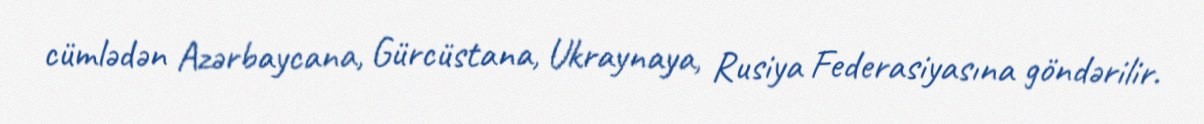
cümlədən Azərbaycana, Gürcüstana, Ukraynaya, Rusiya Federasiyasına göndərilir.